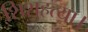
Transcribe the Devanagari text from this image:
शिशुहत्या।